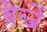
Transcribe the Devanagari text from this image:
बेन्जें